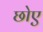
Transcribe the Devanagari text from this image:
छोए